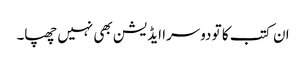
ان کتب کا تو دوسرا ایڈیشن بھی نہیں چھپا۔